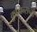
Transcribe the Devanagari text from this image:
कुझिन्सच्या